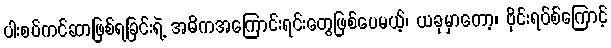
ပါးစပ်ကင်ဆာဖြစ်ရခြင်းရဲ့ အဓိကအကြောင်းရင်းတွေဖြစ်ပေမယ့်၊ ယခုမှာတော့၊ ဗိုင်းရပ်စ်ကြောင့်